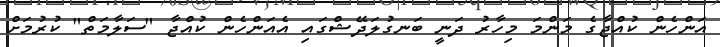
އަންހެން ކުއްޖާގެ މަންމަ މިހާރު ދަނީ ބަނގުލަދޭޝްގައި އެއަންހެން ކުއްޖާ "ސަލާމަތް" ކުރުމަށް